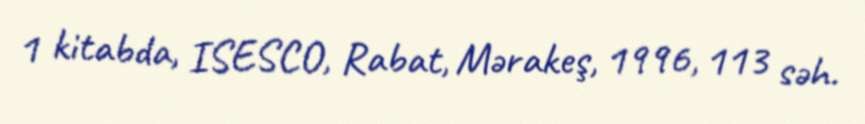
1 kitabda, ISESCO, Rabat, Mərakeş, 1996, 113 səh.